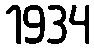
1934